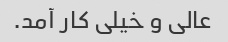
عالی و خیلی کار آمد.